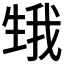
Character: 𤯫